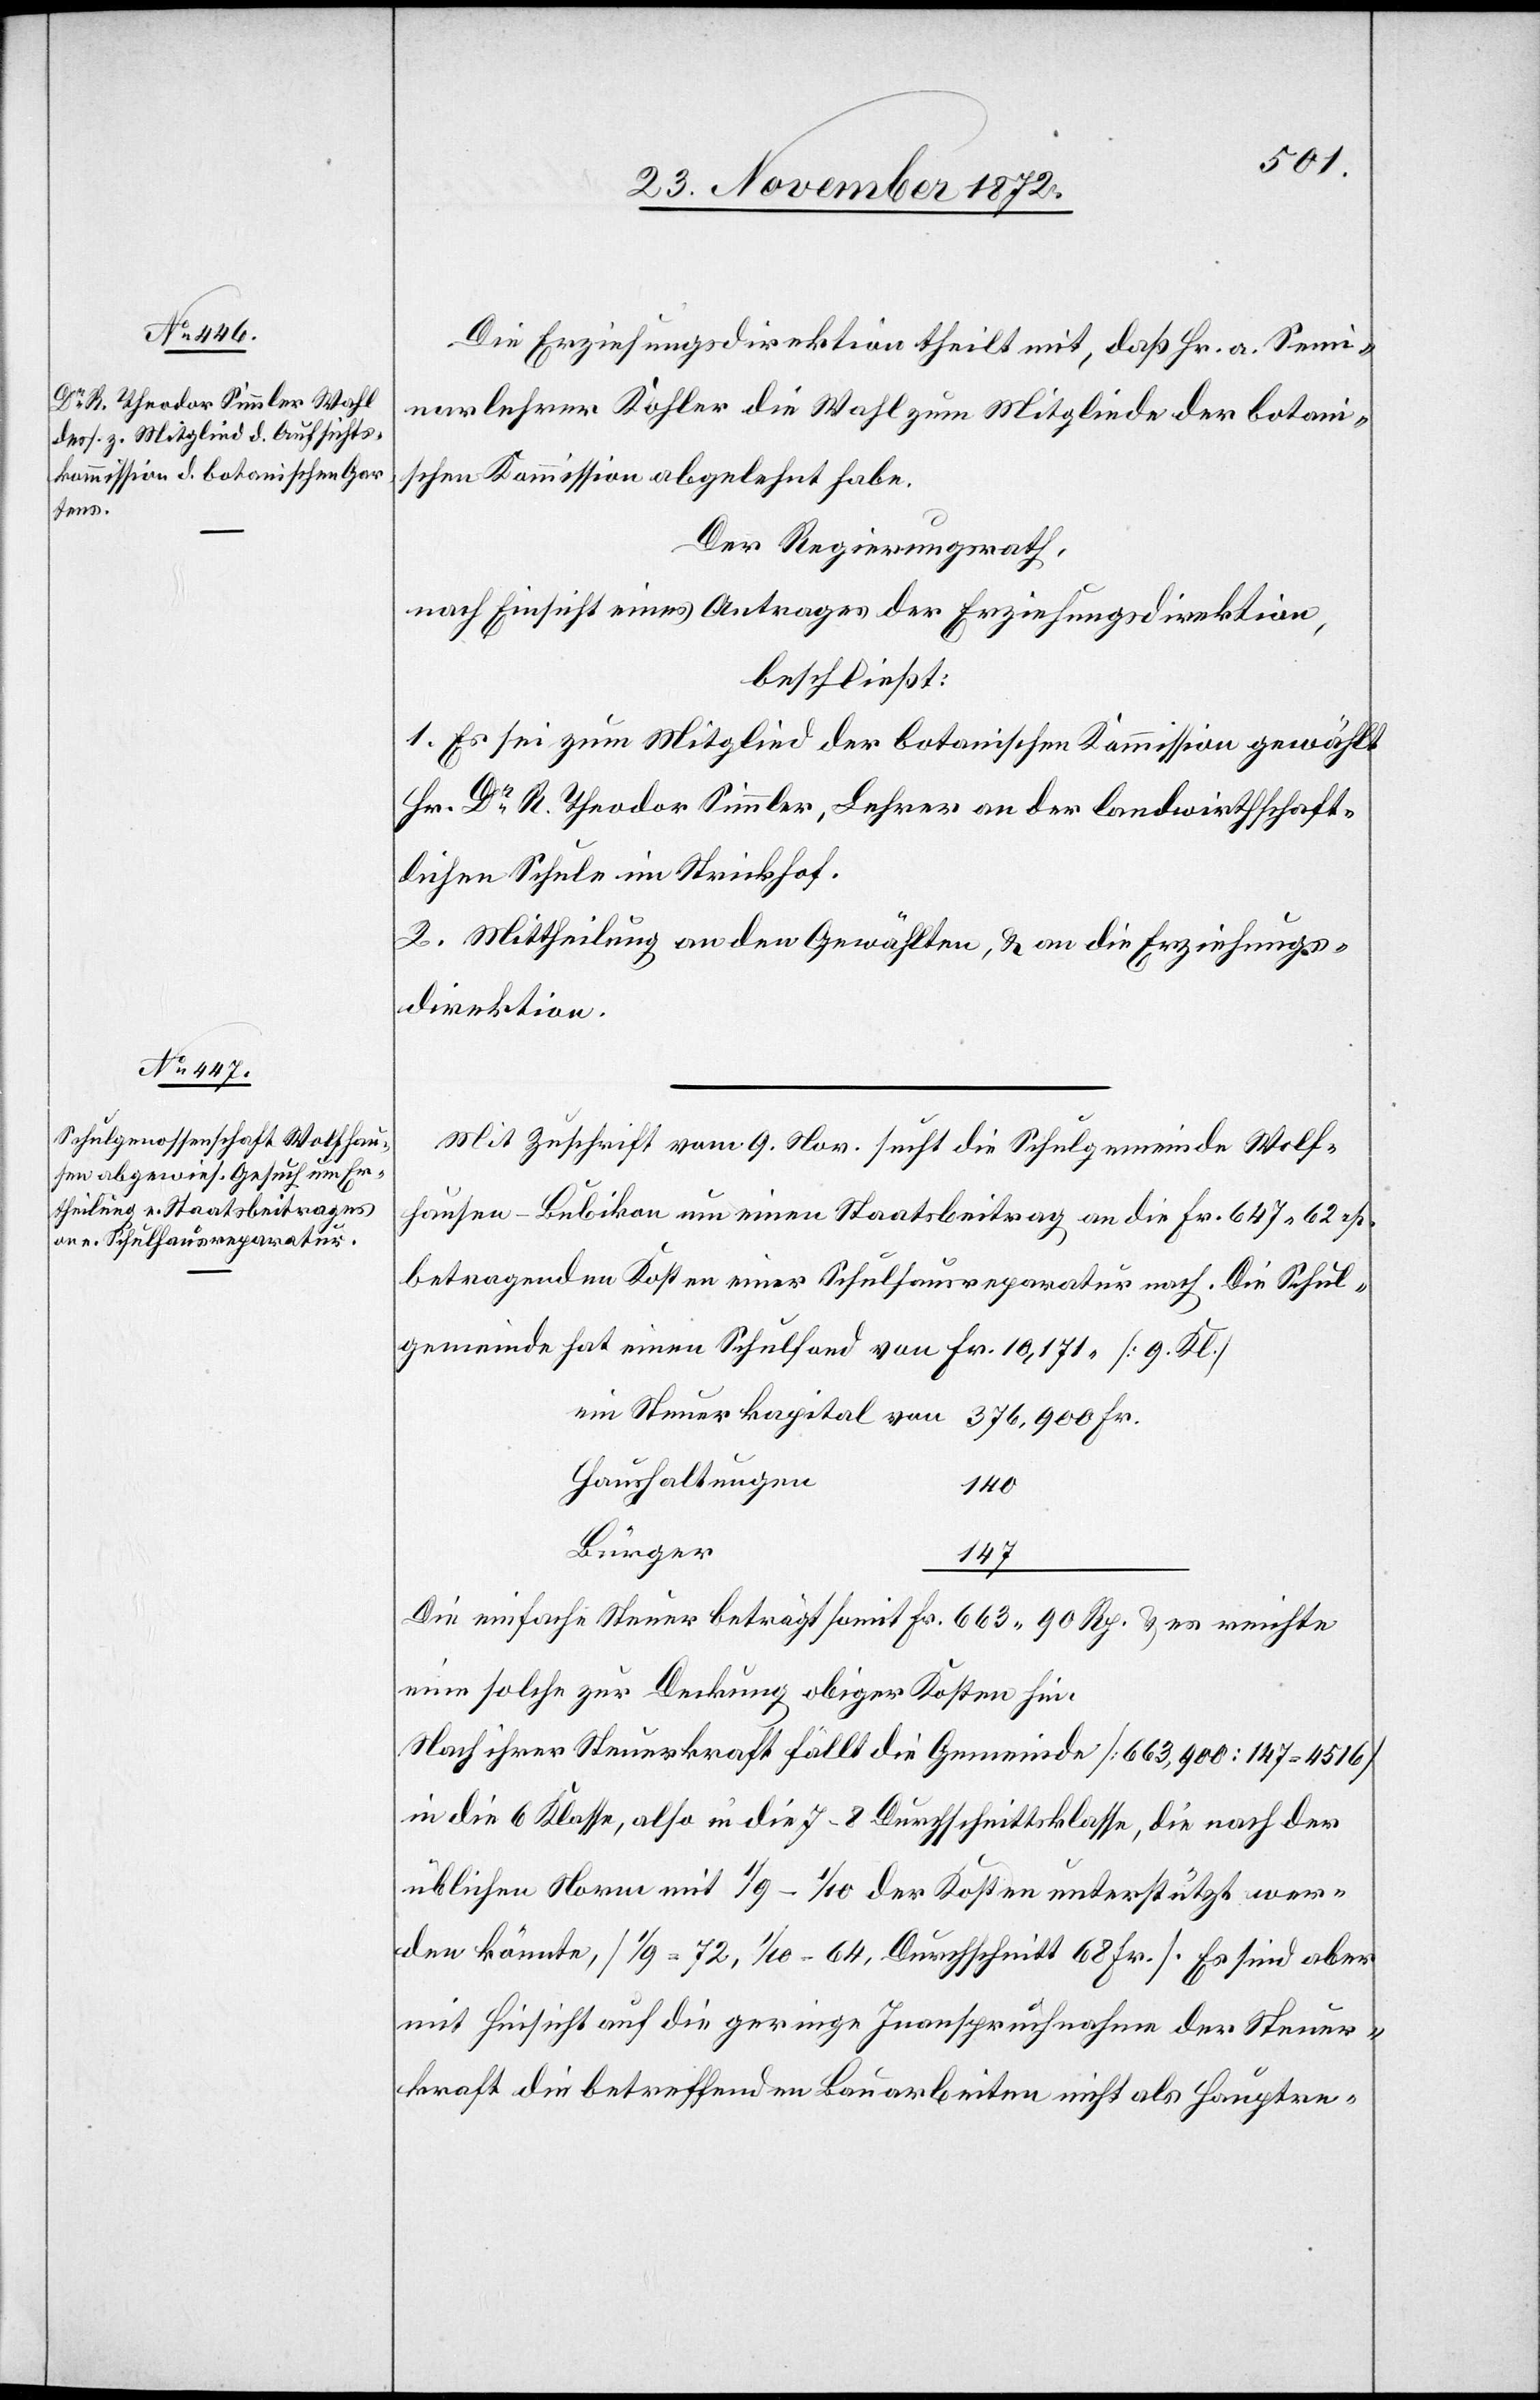
Die Erziehungsdirektion theilt mit, daß Hr. a. Semi¬
narlehrer Kohler die Wahl zum Mitgliede der botani¬
schen Kommission abgelehnt habe.
Der Regierungsrath,
nach Einsicht eines Antrages der Erziehungsdirektion,
beschließt:
1. Es sei zum Mitglied der botanischen Kommission gewählt
Hr. Dr R. Theodor Simmler, Lehrer an der landwirthschaft¬
lichen Schule im Strickhof.
2. Mittheilung an den Gewählten, u. an die Erziehungs¬
direktion.